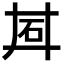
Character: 𬑽